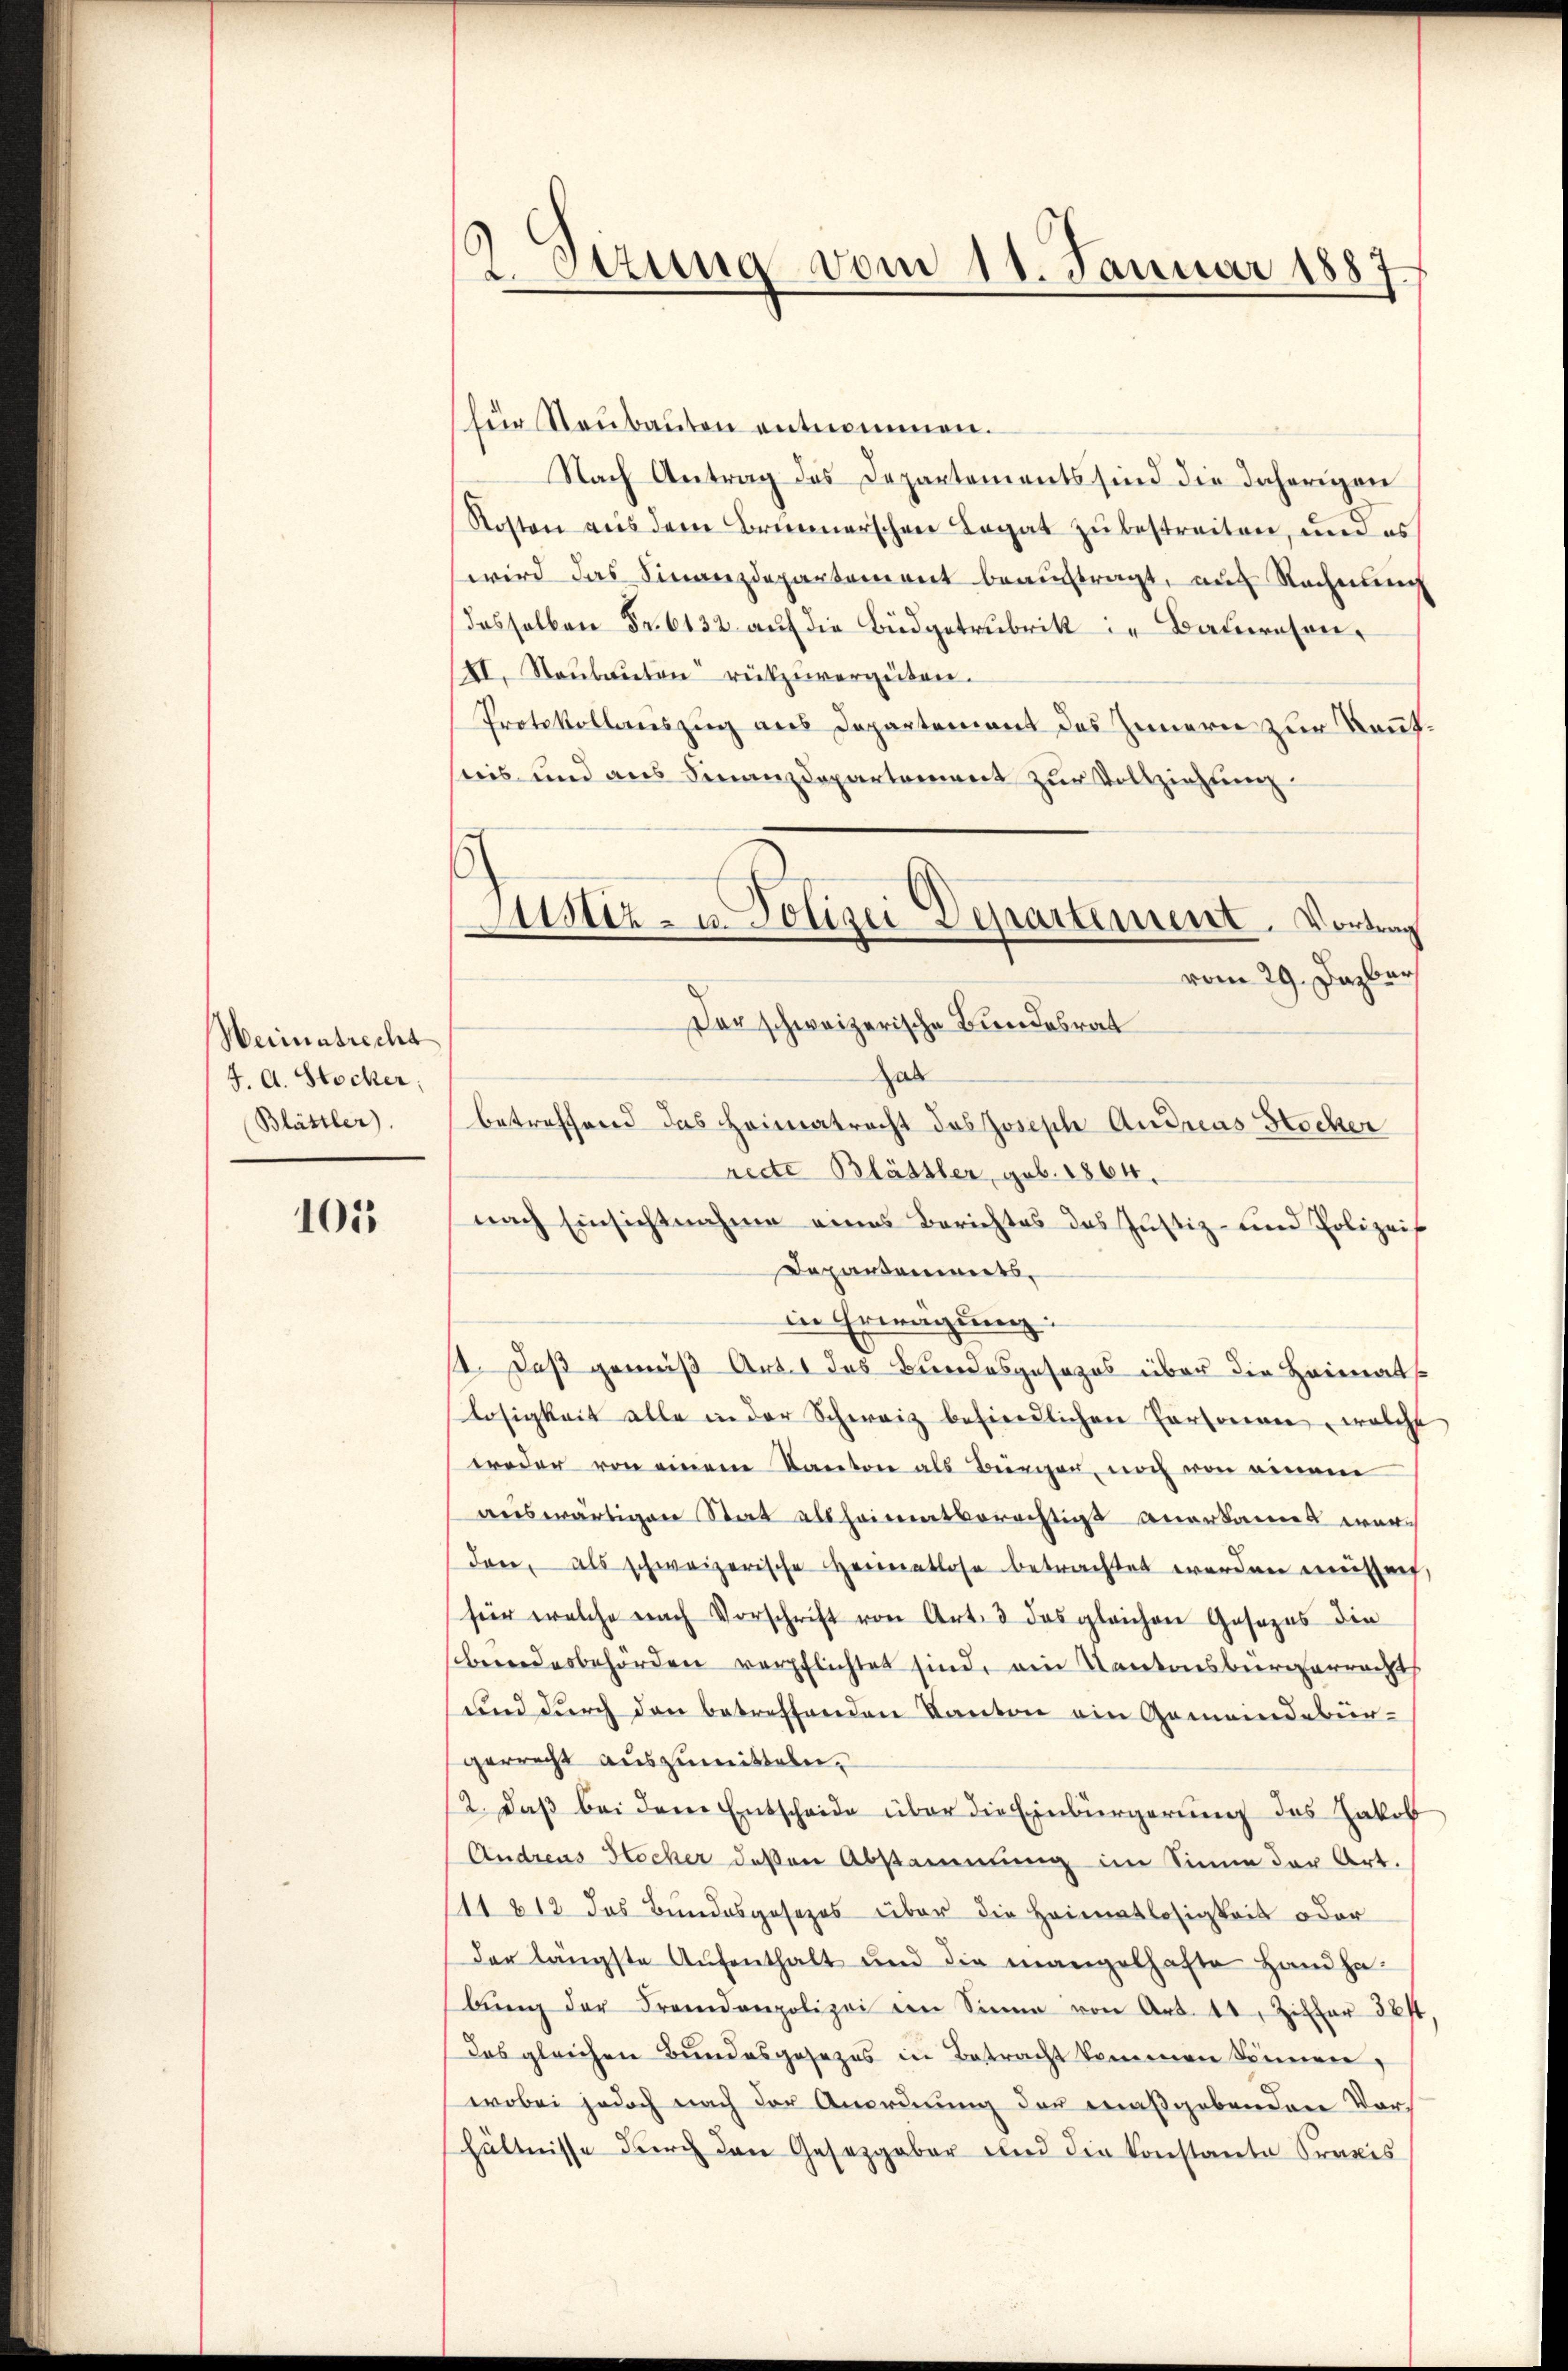
Heimatrecht
4. A. Stocker,
Blättler.

105

2Stzung vom 11. Januar 1887.

für Neubauten entnommen.
Nach Antrag des Departements sind die daherigen
Kosten aus dem Brunnerschen Legat zu bestreiten, und es
wird das Finanzdepartement beauftragt, auf Rechnung
dasselben Fr. 6132 auf die Büdgetrubrik in Bauwesen.
XI. Staŭbaŭten rückzŭvergüten.
Protokollauszug aus Departement des Innern zur kannt.
siis und aus Finanzdepartement zur Vollziehung
ab
betreffend das Heimatracht des Joseph Andreas Stocker
rede Blättler, geb. 1864.
nach Einsichtnahme eines Berichtes das Justiz- und Polizeis
Dapartenwerts,
in Erwägung:
st. Daß gemäß Art. 1 das Bundesgesezes über die Heimatslosigkeit alle in der Schweiz befindlichen Personen, welche
weder von einem Kanton als Bürger, noch von einem
auswärtigen Stat allheimatberechtigt anerkannt werden, als schweizerische Heimatlose betrachtet werden müssen,
für welche nach Vorschrift von Art. 3 das gleichen Gesezes die
beendesbehörden verpflichtet sind, ein Kantonsbürgerrechts
und durch den betreffenden Kanton ein Gemeindebür-
gerrecht auszumitteln.
12. daβ bei dem Entscheide über die Einbürgerung des Jakob
Andreas Hocher deßen Abstammung im Sinne der Art.
11812 das Bundesgesezes über die Heimatlosigkeit oder
der längste Aŭfenthalt und die mangelhafte Handha-
bŭng der Fremdenpolizei im Sinne von Art. 41, Ziffer 384
das gleichen Bundesgesezes in Betracht kommen können,
wobei jedoch nach der Anordnung der maßgebenden Vorhältnisse durch den Gesetzgeber und die Konstante Praxis

.
Aiustiz- u. Polizei Departement. Vortrag
vom 29. Dazber
Der schweizerische Bundesrat